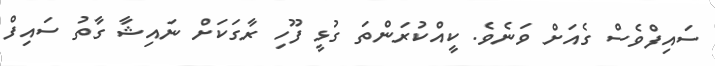
ސައިފްވެސް ގެއަށް ވަނެވެ. ކީއްކުރަންތަ ގުޅީ ފޫހި ރާގަކަށް ނައިޝާ ގާތު ސައިފް